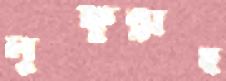
লুত্ফুন্নাহ